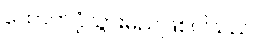
ထောက်ပံ့သွားမည်ဖြစ်ပါသည်